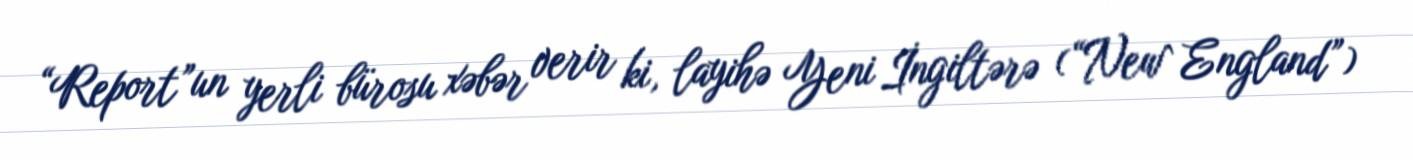
“Report”un yerli bürosu xəbər verir ki, layihə Yeni İngiltərə (“New England”)